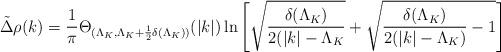
LaTeX: \begin{align*}\tilde{\Delta }\rho (k)=\frac{1}{\pi }\Theta _{(\Lambda _{K},\Lambda _{K}+\frac{1}{2}\delta (\Lambda _{K}))}(|k|)\ln \left[ \sqrt{\frac{\delta (\Lambda _{K})}{2(|k|-\Lambda _{K}}}+\sqrt{\frac{\delta (\Lambda _{K})}{2(|k|-\Lambda _{K})}-1}\right]\end{align*}